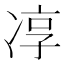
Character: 𭂓